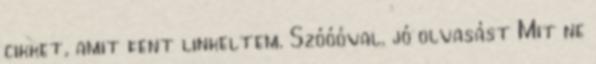
cikket, amit fent linkeltem. Szóóóval. jó olvasást Mit ne